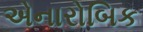
એનારોબિક